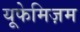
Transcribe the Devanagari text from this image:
यूफेमिज़म